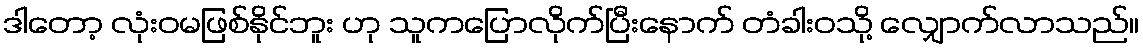
ဒါတော့ လုံးဝမဖြစ်နိုင်ဘူး ဟု သူကပြောလိုက်ပြီးနောက် တံခါးဝသို့ လျှောက်လာသည်။